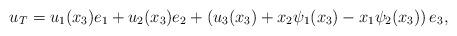
LaTeX: \begin{align*}u_T=u_{1}(x_{3})e_{1}+u_{2}(x_{3})e_{2}+\left(u_{3}(x_{3})+x_{2}\psi_1(x_{3})-x_{1}\psi_2(x_{3})\right)e_{3},\end{align*}